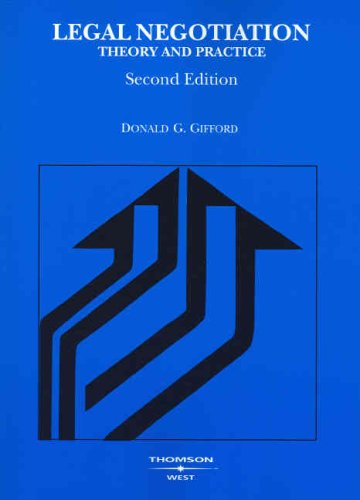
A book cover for Legal Negotiation: Theory and Practice (American Casebook Series); Donald Gifford; Law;